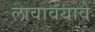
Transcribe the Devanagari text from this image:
लावावयावे